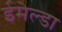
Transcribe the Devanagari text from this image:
ईमेल्डा